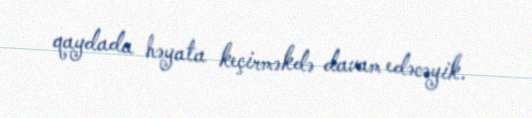
qaydada həyata keçirməkdə davam edəcəyik.